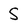
Character: S